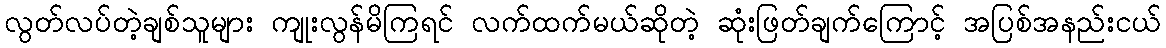
လွတ်လပ်တဲ့ချစ်သူများ ကျုးလွန်မိကြရင် လက်ထက်မယ်ဆိုတဲ့ ဆုံးဖြတ်ချက်ကြောင့် အပြစ်အနည်းငယ်